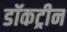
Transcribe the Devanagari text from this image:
डॉकट्रीन